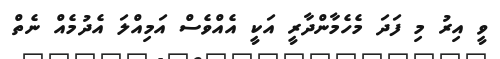
ވީ އިރު މި ފަދަ މެހެމާންދާރީ އަކީ އެއްވެސް އަމިއްލަ އެދުމެއް ނެތް